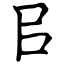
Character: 㠯